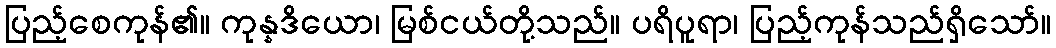
ပြည့်စေကုန်၏။ ကုန္နဒိယော၊ မြစ်ငယ်တို့သည်။ ပရိပူရာ၊ ပြည့်ကုန်သည်ရှိသော်။